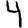
Digit: 4